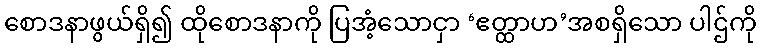
စောဒနာဖွယ်ရှိ၍ ထိုစောဒနာကို ပြအံ့သောငှာ ‘ဧတ္ထာဟ’အစရှိသော ပါဌ်ကို